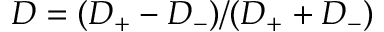
D = ( D _ { + } - D _ { - } ) / ( D _ { + } + D _ { - } )